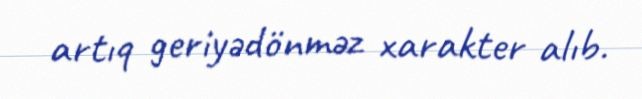
artıq geriyədönməz xarakter alıb.